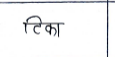
मजकूर: टिका